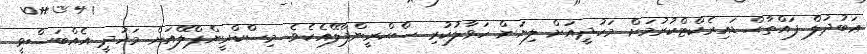
ޢަބުދުލް ފައްތާޙް ޑައިރެކްޓްކުރުމަށް މަހުދީއަށް ލިޔަން ހަވާލުކުރި ސްކްރީންޕްލޭއެކެވެ. މިސްކްރީންޕްލޭއަށް މަހުދީ އެއްބަސްވީ